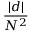
\frac { | d | } { N ^ { 2 } }